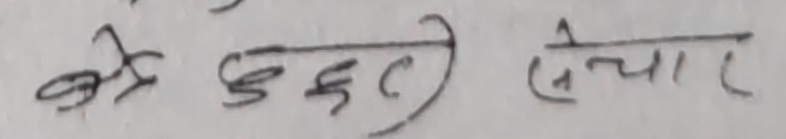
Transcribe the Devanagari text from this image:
कर चुटाउ सेवार